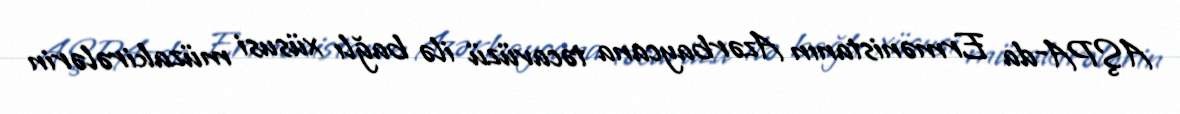
AŞPA-da Ermənistanın Azərbaycana təcavüzü ilə bağlı xüsusi müzakirələrin